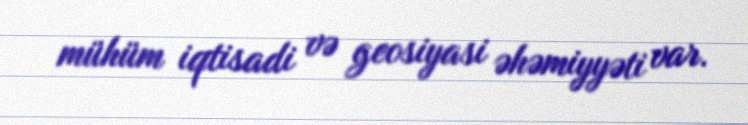
mühüm iqtisadi və geosiyasi əhəmiyyəti var.